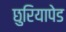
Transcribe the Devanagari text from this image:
छुरियापेड